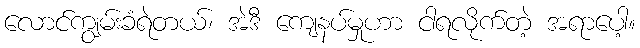
လောင်ကျွမ်းခံရဲတယ်၊ အဲဒီ ကျေနပ်မှုဟာ ငါရလိုက်တဲ့ အရာပေါ့။